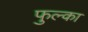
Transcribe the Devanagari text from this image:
फुल्का